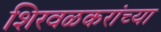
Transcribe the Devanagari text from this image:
शिरवळकरांच्या